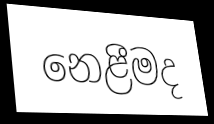
නෙළීමද